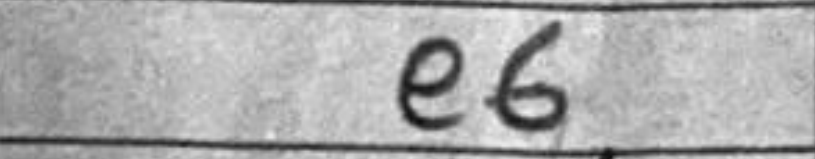
Transcription: e6